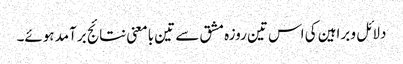
دلائل و براہین کی اس تین روزہ مشق سے تین بامعنی نتائج برآمد ہوئے۔